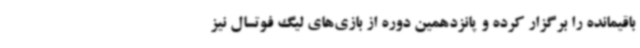
باقیمانده را برگزار کرده و پانزدهمین دوره از بازی‌های لیگ فوتسال نیز